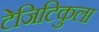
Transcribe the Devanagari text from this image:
टेजिटिकुला